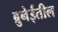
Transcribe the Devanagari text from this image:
ब्रुनेईतील